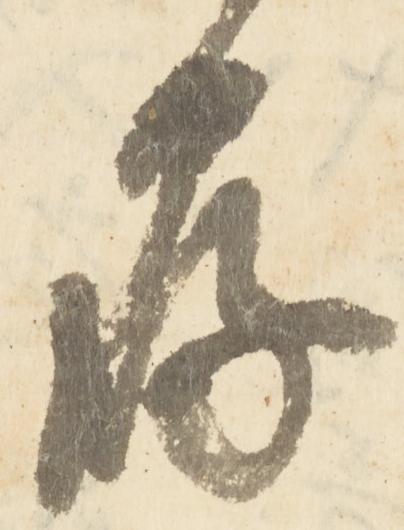
存